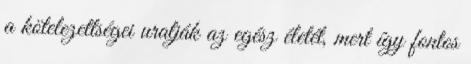
a kötelezettségei uralják az egész életét, mert így fontos